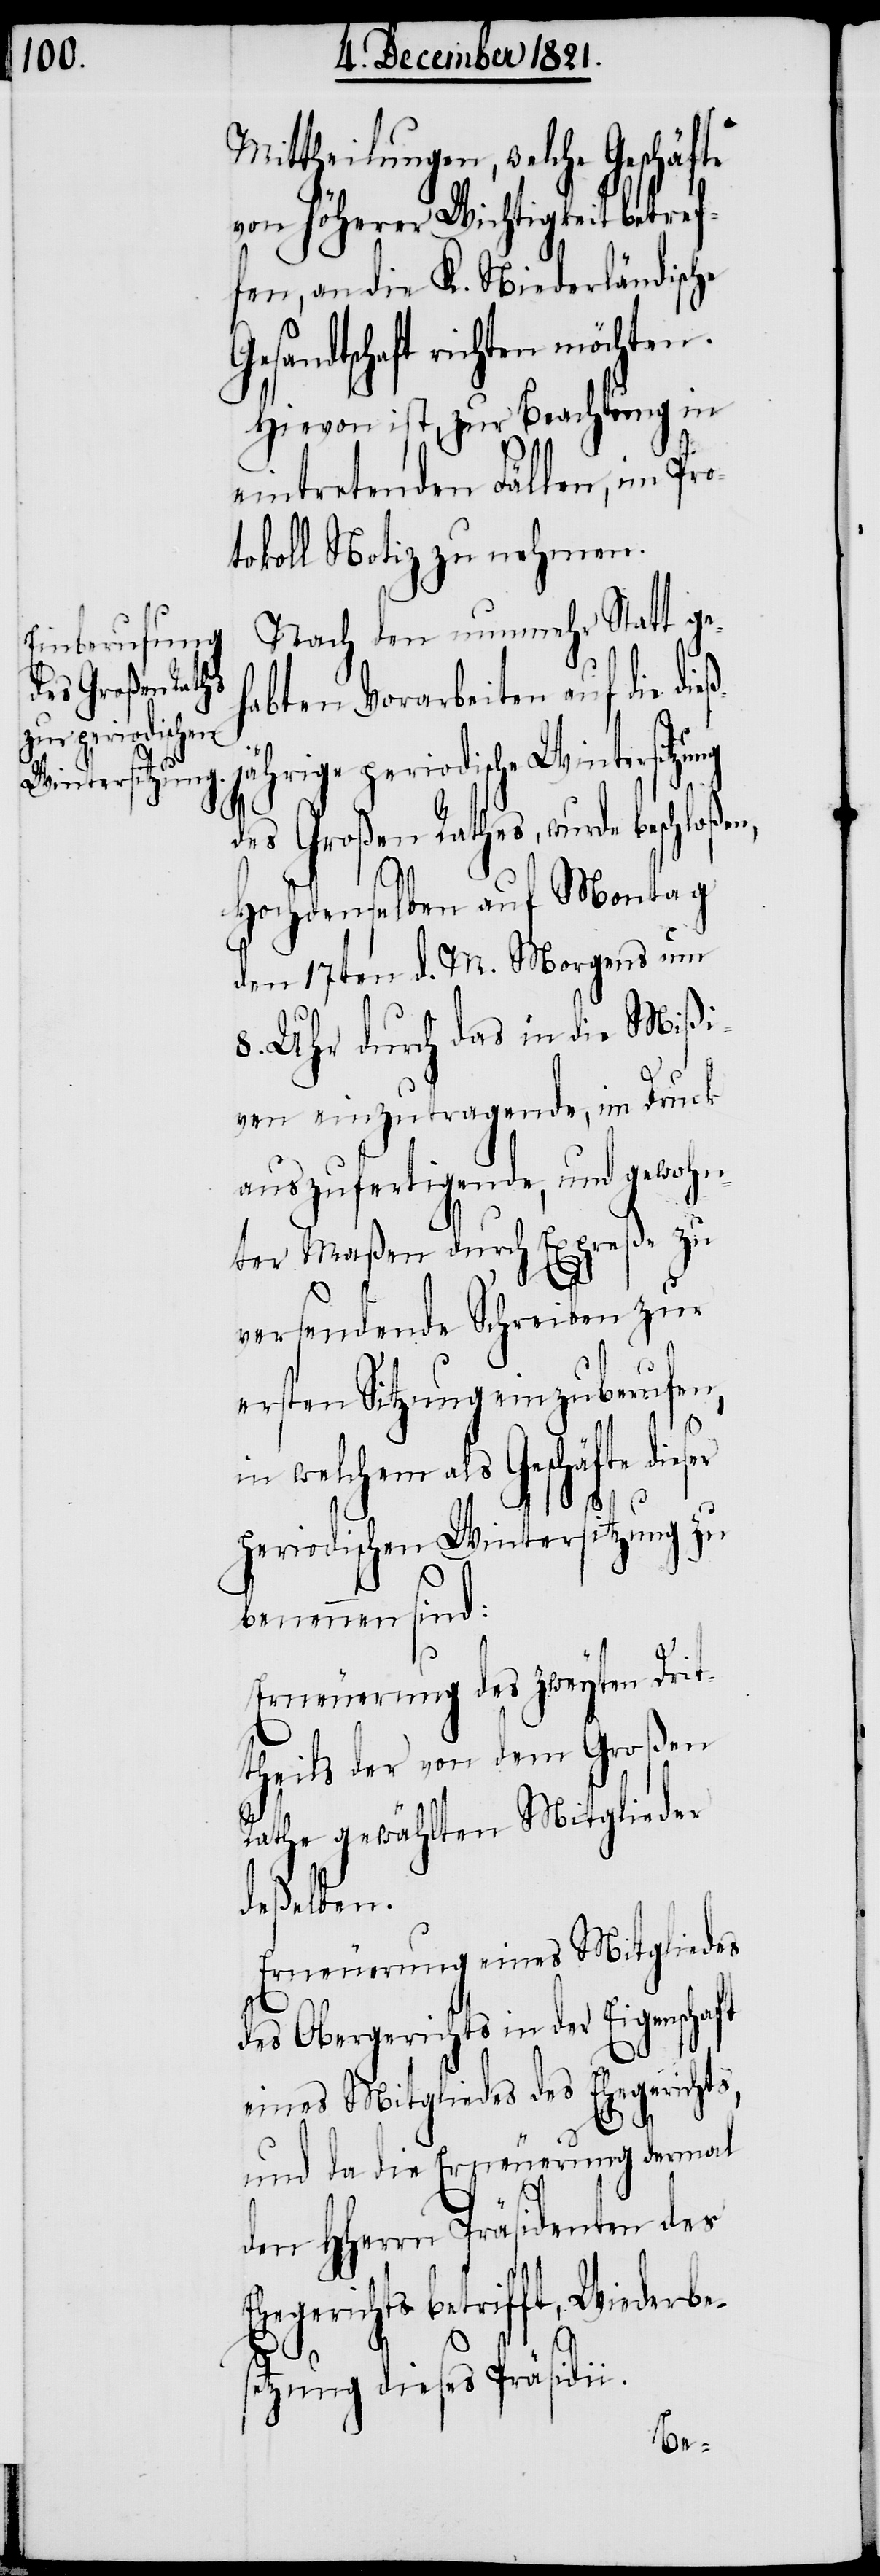
Mittheilungen, welche Geschäfte
von höherer Wichtigkeit betref¬
fen, an die K. Niederländische
Gesandtschaft richten möchten.
Hievon ist, zur Beachtung in
eintretenden Fällen, im Pro¬
tokoll Notiz zu nehmen.
Nach den nunmehr Statt g¬
habten Vorarbeiten auf die die¬
ßjährige
des Großen Rathes, wurde beschloßen,
Hochdenselben auf Montag
den 17ten d. M. Morgens um
8. Uhr durch das in die Mißi¬
ven einzutragende, im Druck
auszufertigende, und gewohn¬
ter Maßen durch Expreße zu
versendende Schreiben zur
ersten Sitzung einzuberufen,
in welchem als Geschäfte die¬
ser
periodischen Wintersitzung zu
benennen sind:
Erneuerung des zweyten Drit¬
theils der von dem Großen
Rathe gewählten Mitglieder
deßelben.
Erneuerung eines Mitgliedes
des Obergerichts in der Eigenschaft
eines Mitgliedes des Ehegerichts,
und da die Erneuerung dermal
den HHerrn Präsidenten des
Ehegerichts betrifft, Wiederbe¬
e¬
setzung dieses Präsidii.